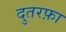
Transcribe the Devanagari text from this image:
दुतरफ़ा